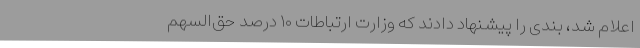
اعلام شد، بندی را پیشنهاد دادند که وزارت ارتباطات ۱۰ درصد حق‌السهم